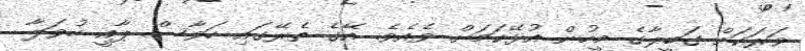
ވަރަކަށް ގަބީލާގެ މީހުން އުޅޭކަމަށް ވެއެވެ. އޭގެ ތެރޭގައި ހަވާސް ޕާއީ ހުވަލާ